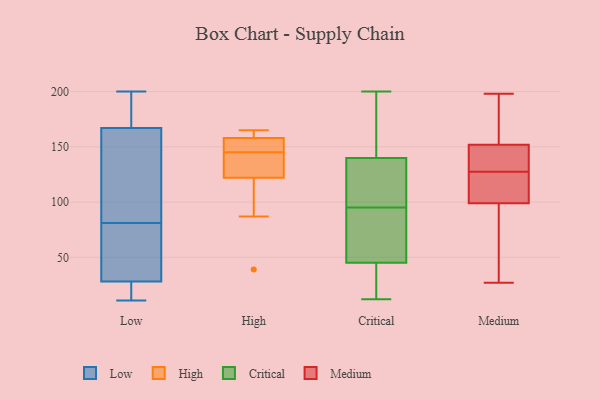
{"axis": {"x": "Backlog", "y": "Value"}, "legend": ["Critical", "High", "Low", "Medium"], "data": [{"x": "", "y": 144, "type": "Low"}, {"x": "", "y": 175, "type": "Low"}, {"x": "", "y": 18, "type": "Low"}, {"x": "", "y": 175, "type": "Low"}, {"x": "", "y": 44, "type": "Low"}, {"x": "", "y": 172, "type": "Low"}, {"x": "", "y": 23, "type": "Low"}, {"x": "", "y": 22, "type": "Low"}, {"x": "", "y": 67, "type": "Low"}, {"x": "", "y": 90, "type": "Low"}, {"x": "", "y": 200, "type": "Low"}, {"x": "", "y": 33, "type": "Low"}, {"x": "", "y": 162, "type": "Low"}, {"x": "", "y": 72, "type": "Low"}, {"x": "", "y": 187, "type": "Low"}, {"x": "", "y": 111, "type": "Low"}, {"x": "", "y": 26, "type": "Low"}, {"x": "", "y": 153, "type": "Low"}, {"x": "", "y": 30, "type": "Low"}, {"x": "", "y": 11, "type": "Low"}, {"x": "", "y": 150, "type": "High"}, {"x": "", "y": 165, "type": "High"}, {"x": "", "y": 158, "type": "High"}, {"x": "", "y": 87, "type": "High"}, {"x": "", "y": 154, "type": "High"}, {"x": "", "y": 162, "type": "High"}, {"x": "", "y": 39, "type": "High"}, {"x": "", "y": 122, "type": "High"}, {"x": "", "y": 128, "type": "High"}, {"x": "", "y": 140, "type": "High"}, {"x": "", "y": 14, "type": "Critical"}, {"x": "", "y": 200, "type": "Critical"}, {"x": "", "y": 137, "type": "Critical"}, {"x": "", "y": 140, "type": "Critical"}, {"x": "", "y": 132, "type": "Critical"}, {"x": "", "y": 32, "type": "Critical"}, {"x": "", "y": 182, "type": "Critical"}, {"x": "", "y": 29, "type": "Critical"}, {"x": "", "y": 12, "type": "Critical"}, {"x": "", "y": 108, "type": "Critical"}, {"x": "", "y": 193, "type": "Critical"}, {"x": "", "y": 91, "type": "Critical"}, {"x": "", "y": 151, "type": "Critical"}, {"x": "", "y": 45, "type": "Critical"}, {"x": "", "y": 54, "type": "Critical"}, {"x": "", "y": 59, "type": "Critical"}, {"x": "", "y": 90, "type": "Critical"}, {"x": "", "y": 99, "type": "Critical"}, {"x": "", "y": 73, "type": "Medium"}, {"x": "", "y": 198, "type": "Medium"}, {"x": "", "y": 161, "type": "Medium"}, {"x": "", "y": 65, "type": "Medium"}, {"x": "", "y": 109, "type": "Medium"}, {"x": "", "y": 99, "type": "Medium"}, {"x": "", "y": 107, "type": "Medium"}, {"x": "", "y": 96, "type": "Medium"}, {"x": "", "y": 101, "type": "Medium"}, {"x": "", "y": 145, "type": "Medium"}, {"x": "", "y": 27, "type": "Medium"}, {"x": "", "y": 152, "type": "Medium"}, {"x": "", "y": 186, "type": "Medium"}, {"x": "", "y": 176, "type": "Medium"}, {"x": "", "y": 137, "type": "Medium"}, {"x": "", "y": 147, "type": "Medium"}, {"x": "", "y": 138, "type": "Medium"}, {"x": "", "y": 118, "type": "Medium"}]}